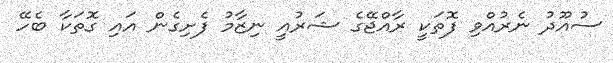
ސުއޫދު ނެރުއްވި ފޮތަކީ ރާއްޖޭގެ ޝަރުއީ ނިޒާމު ފެށިގެން އައި ގޮތަކާ ބެހޭ